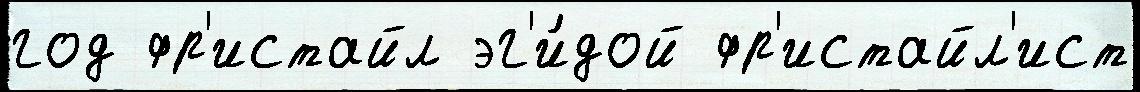
год фр'истайл эг'и́дой фр'истайл'ист